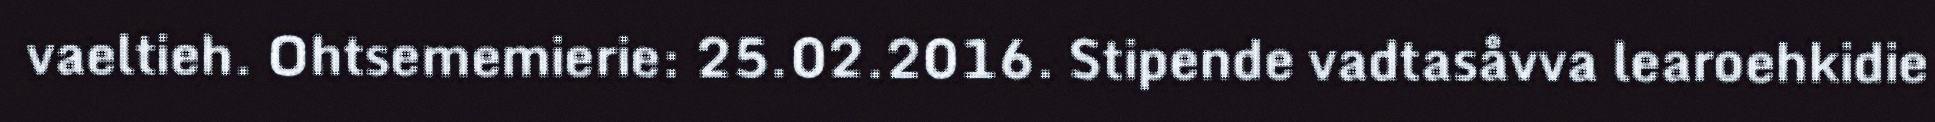
vaeltieh. Ohtsememierie: 25.02.2016. Stipende vadtasåvva learoehkidie